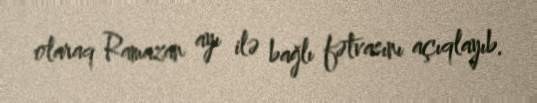
olaraq Ramazan ayı ilə bağlı fətvasını açıqlayıb.